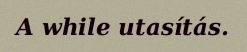
A while utasítás.